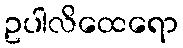
ဥပါလိထေရော